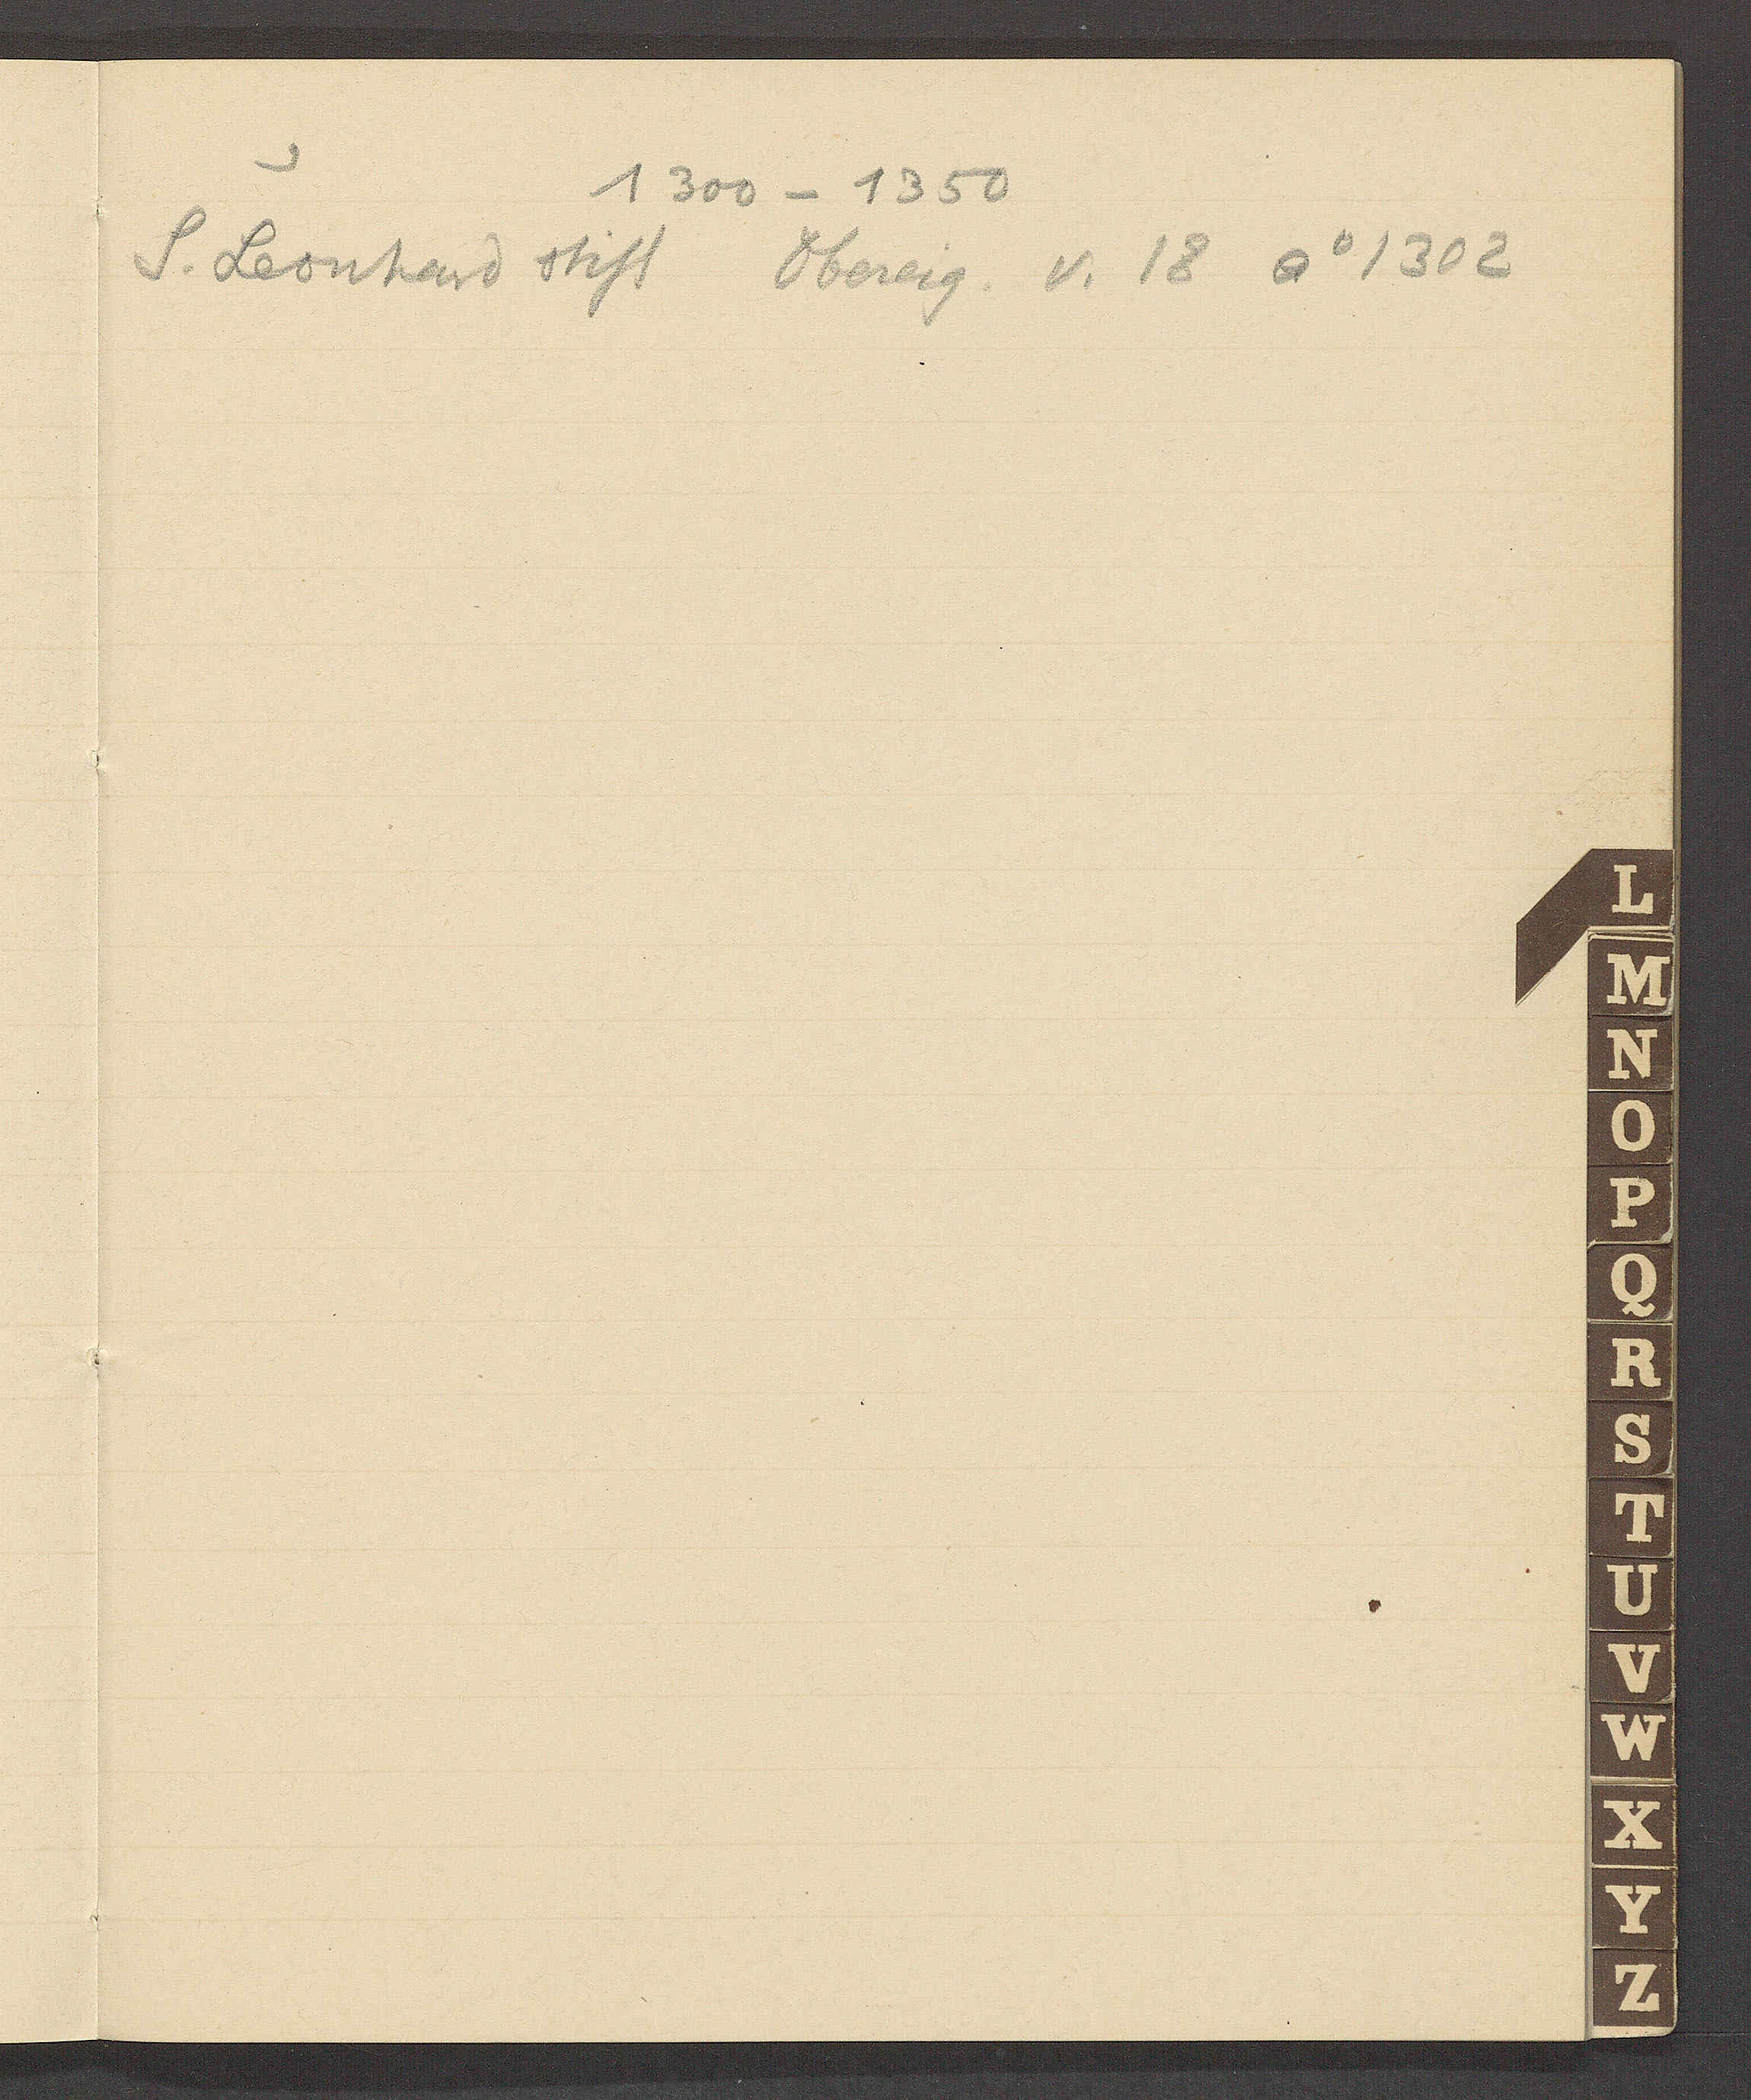
Transcript:
1300 – 1350
S. Leonhard stift Obereig. v. 18 Ao 1302